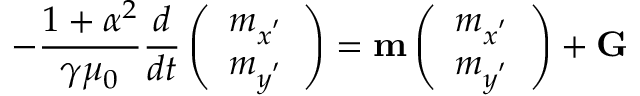
- \frac { 1 + { \alpha } ^ { 2 } } { \gamma { \mu } _ { 0 } } \frac { d } { d t } \left( \begin{array} { c } { m _ { x ^ { { ' } } } } \\ { m _ { y ^ { { ' } } } } \end{array} \right) = { \bf { m } } \left( \begin{array} { c } { m _ { x ^ { { ' } } } } \\ { m _ { y ^ { { ' } } } } \end{array} \right) + \bf { { G } }